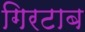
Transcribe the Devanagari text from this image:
गिरटाब